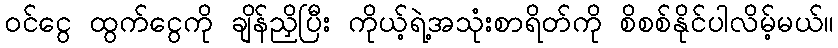
ဝင်ငွေ ထွက်ငွေကို ချိန်ညှိပြီး ကိုယ့်ရဲ့အသုံးစာရိတ်ကို စိစစ်နိုင်ပါလိမ့်မယ်။